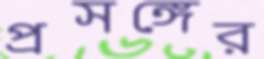
প্রসঙ্গের